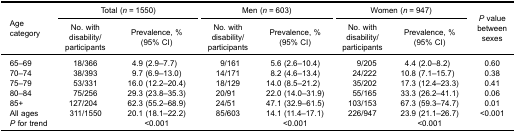
| <ROWSPAN=3> Agecategory | <COLSPAN=2> Total (n = 1550) | <COLSPAN=2> Men (n = 603) | <COLSPAN=2> Women (n = 947) | <ROWSPAN=3> P valuebetweensexes |
 | No. withdisability/participants | Prevalence, %(95% CI) | No. withdisability/participants | Prevalence, %(95% CI) | No. withdisability/participants | Prevalence, %(95% CI) |
 | --- | --- | --- | --- | --- | --- | --- | --- |
 | 65–69 | 18/366 | 4.9 (2.9–7.7) | 9/161 | 5.6 (2.6–10.4) | 9/205 | 4.4 (2.0–8.2) | 0.60 |
 | 70–74 | 38/393 | 9.7 (6.9–13.0) | 14/171 | 8.2 (4.6–13.4) | 24/222 | 10.8 (7.1–15.7) | 0.38 |
 | 75–79 | 53/331 | 16.0 (12.2–20.4) | 18/129 | 14.0 (8.5–21.2) | 35/202 | 17.3 (12.4–23.3) | 0.41 |
 | 80–84 | 75/256 | 29.3 (23.8–35.3) | 20/91 | 22.0 (14.0–31.9) | 55/165 | 33.3 (26.2–41.1) | 0.06 |
 | 85+ | 127/204 | 62.3 (55.2–68.9) | 24/51 | 47.1 (32.9–61.5) | 103/153 | 67.3 (59.3–74.7) | 0.01 |
 | All ages | 311/1550 | 20.1 (18.1–22.2) | 85/603 | 14.1 (11.4–17.1) | 226/947 | 23.9 (21.1–26.7) | <0.001 |
 | P for trend |  | <0.001 |  | <0.001 |  | <0.001 |  |